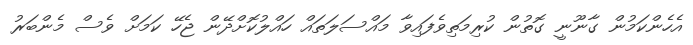
އެެހެންކަމުން ގާނޫނީ ގޮތުން ކުރިމަތިވެފައިވާ މައްސަލަތައް ހައްލުކޮށްދޭން ޖެހޭ ކަމަށް ވެސް މެންބަރު